38_143685_box_Incident_Summaries_173-233
Agency: Department of War
Page 79
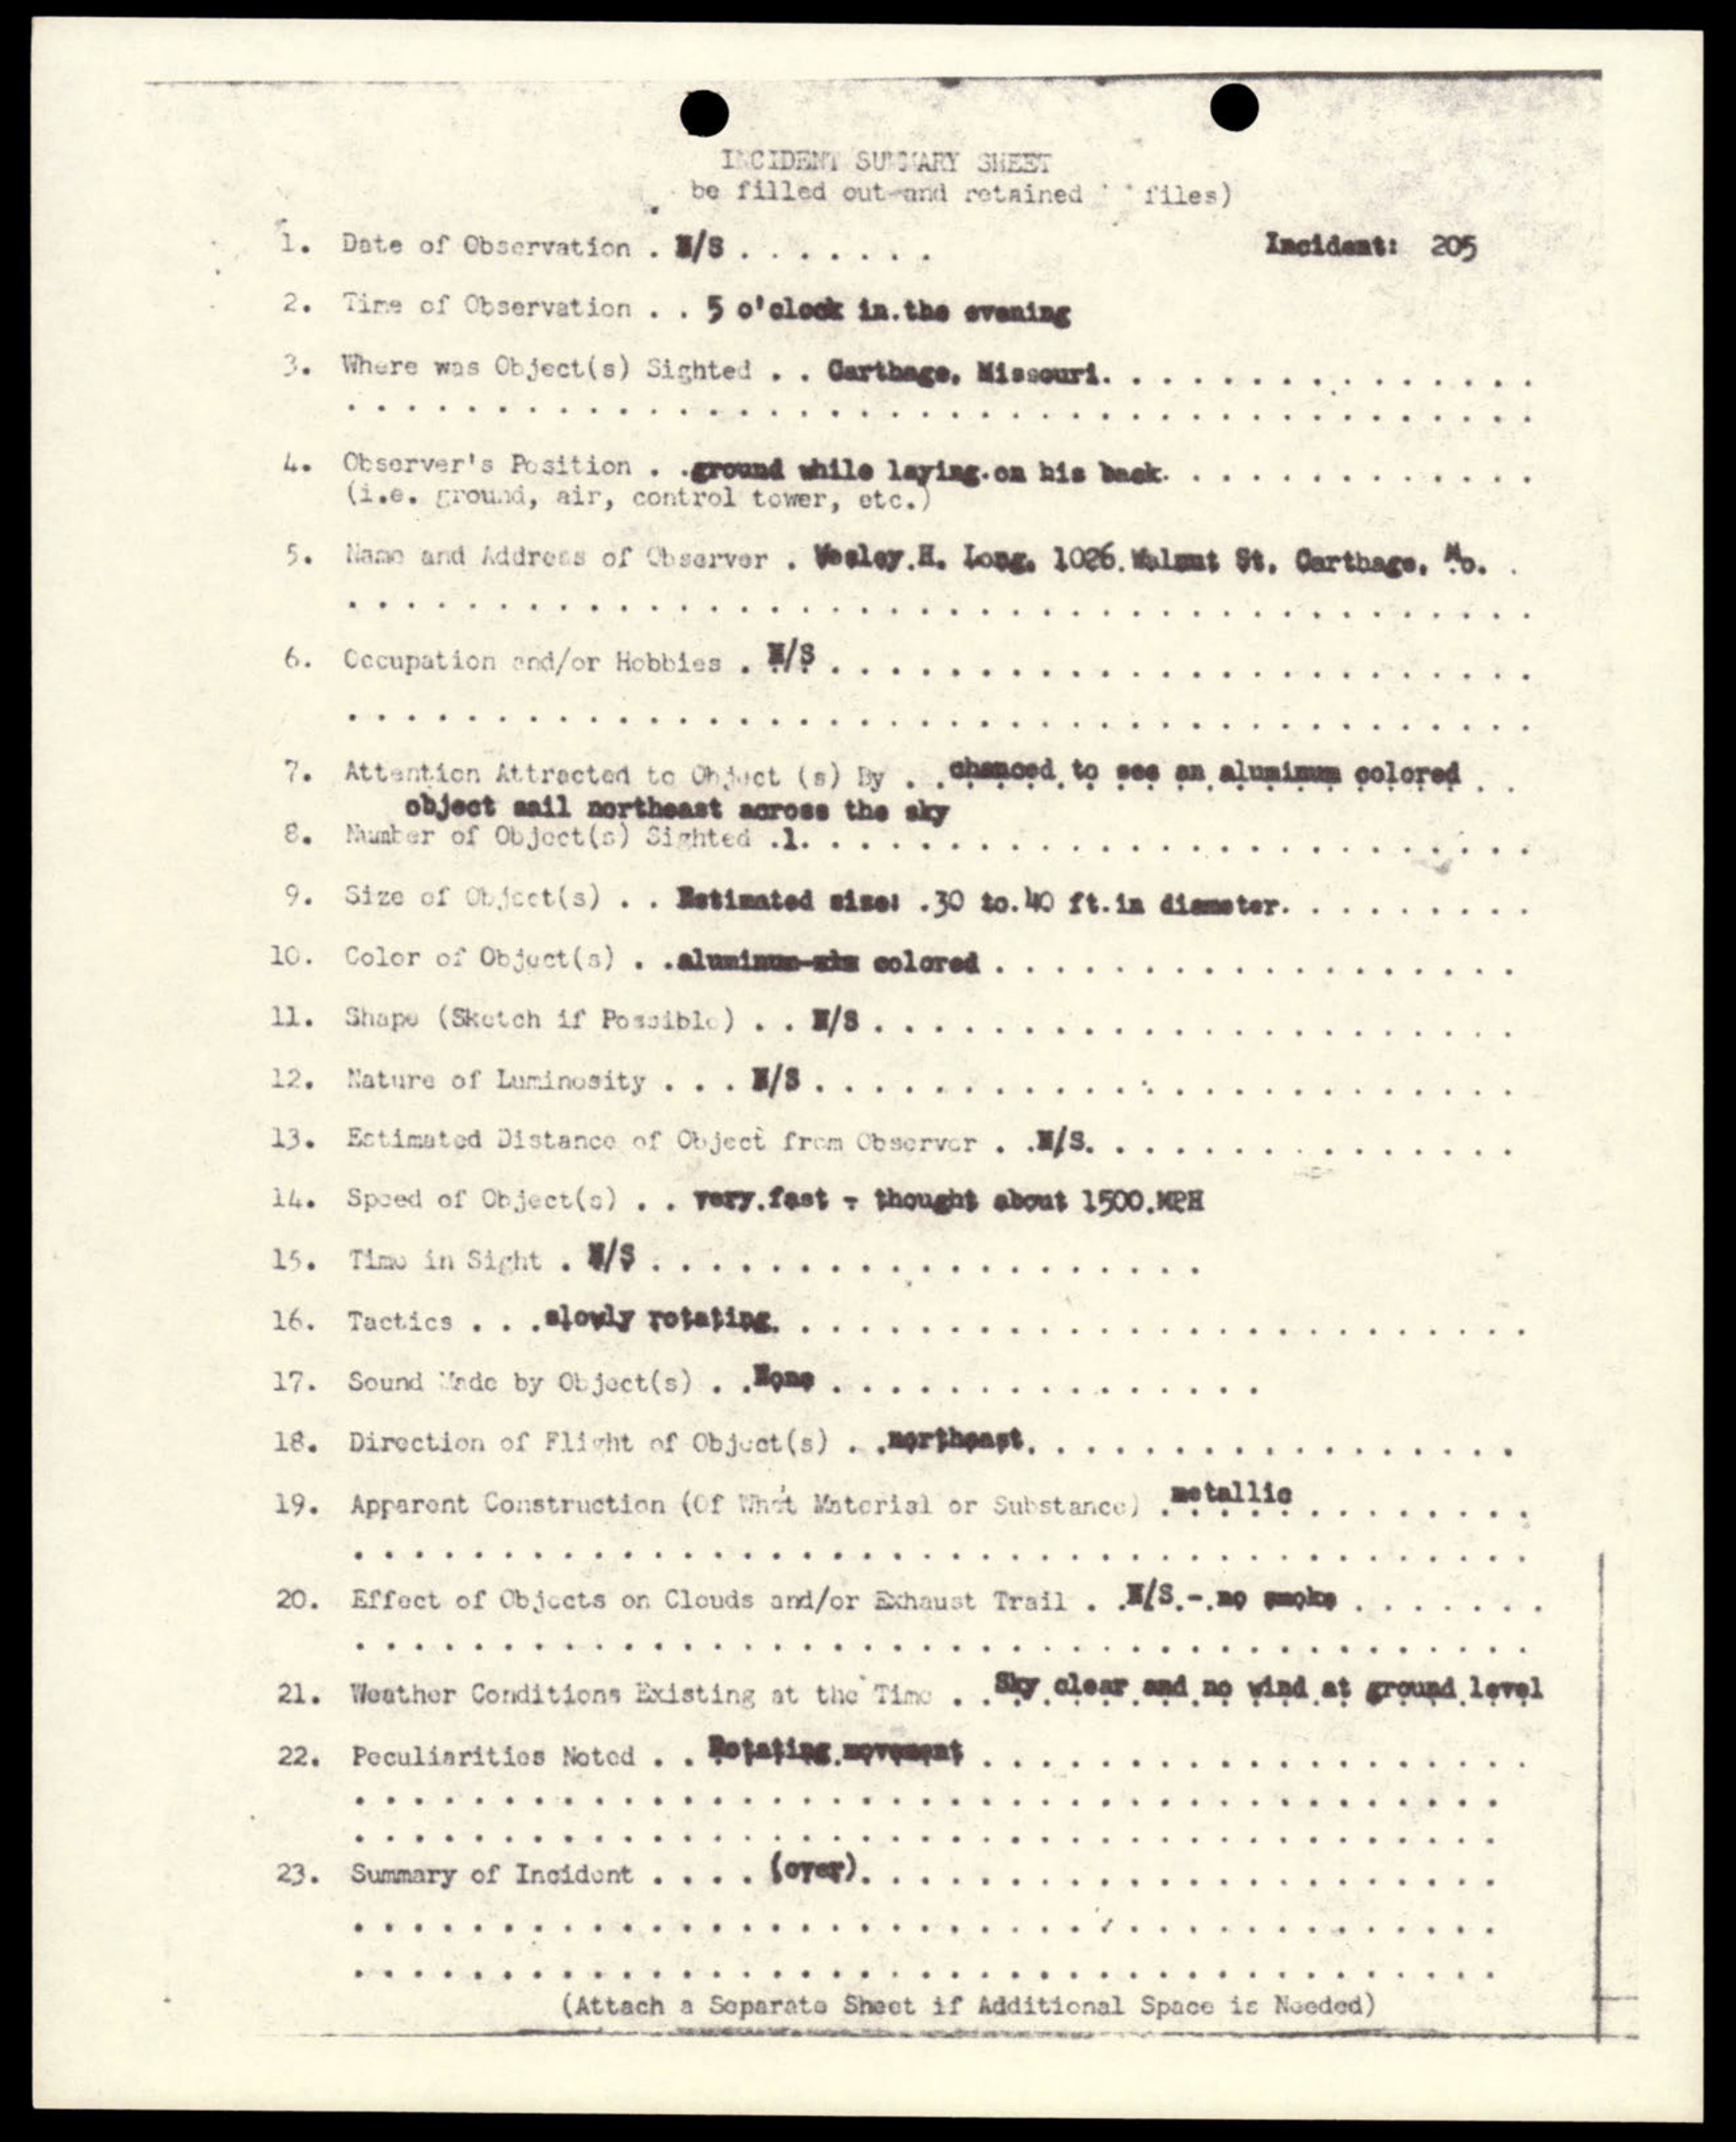